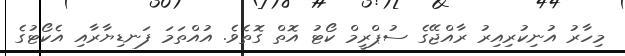
މިހާރު އުނިކުރިއިރު ރާއްޖޭގެ ސުޕްރީމް ކޯޓު އޮތް ގޮތެވެ. އުއްތަމަ ފަނޑިޔާރާއި އެކޯޓުގެ